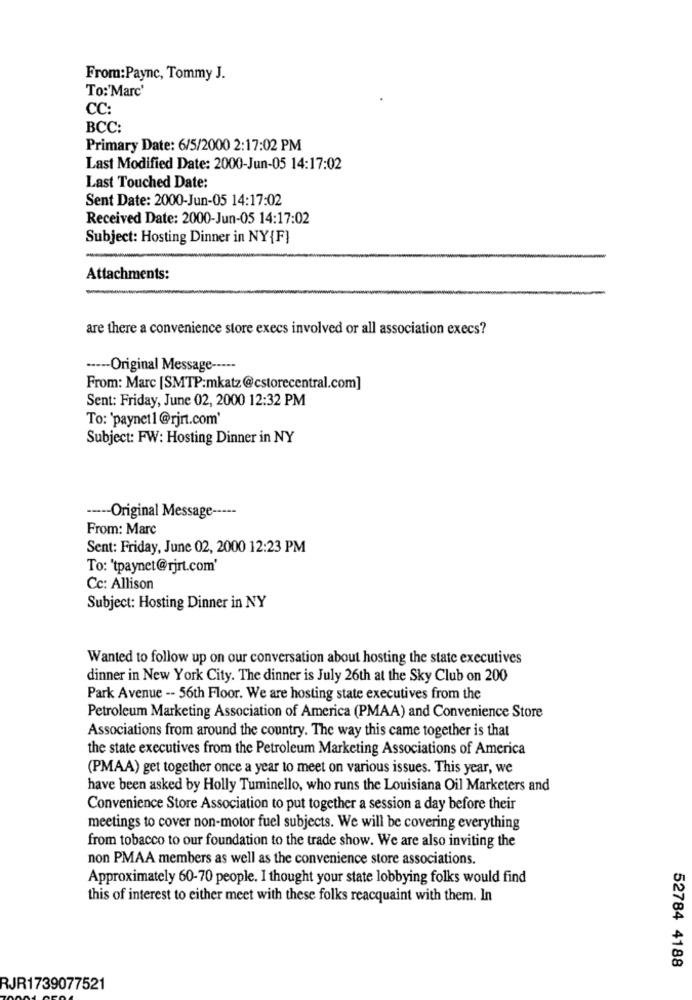
From:Payne, Tommy J.
To:'Marc'
CC:
BCC:
Primary Date: 6/5/2000 2:17:02 PM
Last Modified Date: 2000-Jun-05 14:17:02
Last Touched Date:
Sent Date: 2000-Jun-05 14:17:02
Received Date: 2000-Jun-05 14:17:02
Subject: Hosting Dinner in NY{F}
Attachments:
are there a convenience store execs involved or all association execs?
·---- Original Message ----·
From: Marc [SMTP:mkatz@cstorecentral.com]
Sent: Friday, June 02, 2000 12:32 PM
To: 'paynet1@rjrt.com
Subject: FW: Hosting Dinner in NY
----- Original Message -----
From: Marc
Sent: Friday, June 02, 2000 12:23 PM
To: 'tpaynet@rjrt.com'
Cc: Allison
Subject: Hosting Dinner in NY
Wanted to follow up on our conversation about hosting the state executives
dinner in New York City. The dinner is July 26th at the Sky Club on 200
Park Avenue -- 56th Floor. We are hosting state executives from the
Petroleum Marketing Association of America (PMAA) and Convenience Store
Associations from around the country. The way this came together is that
the state executives from the Petroleum Marketing Associations of America
(PMAA) get together once a year to meet on various issues. This year, we
have been asked by Holly Tuminello, who runs the Louisiana Oil Marketers and
Convenience Store Association to put together a session a day before their
meetings to cover non-motor fuel subjects. We will be covering everything
from tobacco to our foundation to the trade show. We are also inviting the
non PMAA members as well as the convenience store associations.
Approximately 60-70 people. I thought your state lobbying folks would find
this of interest to either meet with these folks reacquaint with them. In
52784 4188
RJR1739077521